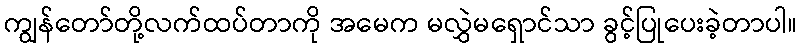
ကျွန်တော်တို့လက်ထပ်တာကို အမေက မလွှဲမရှောင်သာ ခွင့်ပြုပေးခဲ့တာပါ။